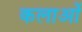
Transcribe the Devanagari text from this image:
कलाओें